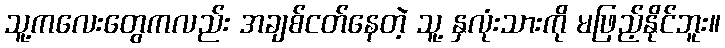
သူ့ကလေးတွေကလည်း အချစ်ငတ်နေတဲ့ သူ့ နှလုံးသားကို မဖြည့်နိုင်ဘူး။